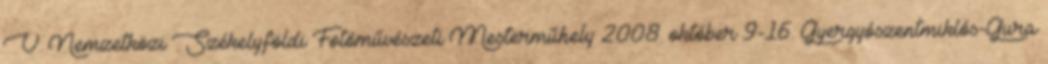
V. Nemzetközi Székelyföldi Fotóművészeti Mesterműhely 2008. október 9-16. Gyergyószentmiklós-Gura